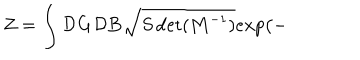
Z = \int { \cal D } { \bf G } { \cal D } { \bf B } \sqrt { S \det ( { \bf M } ^ { - 1 } ) } e x p \big ( -